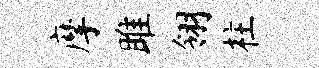
摩雎翎柱